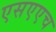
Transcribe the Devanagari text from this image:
एसएएच